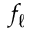
f _ { \ell }